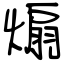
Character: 煽